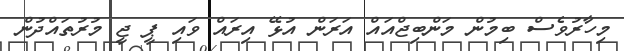
މިހާރުވެސް ބިމުން މަންބިޖްއައް އަރަން އުޅޭ އިރައް ވައި ޕީ ޖީ މުރުތައްދުން